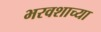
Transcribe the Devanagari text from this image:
भरवशाच्या